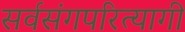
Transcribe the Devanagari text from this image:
सर्वसंगपरित्यागी